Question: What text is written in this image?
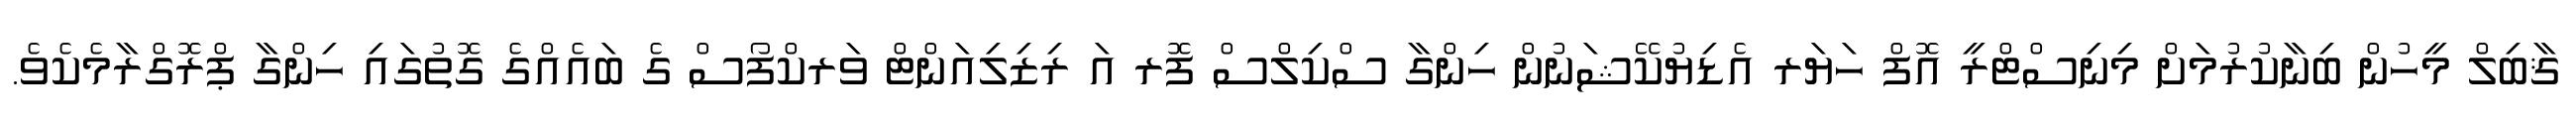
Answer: ޤާބިލް މީހުން ބިނާކުރުމަށް މިނިސްޓްރީ އޮފް ހަޔަރ އެޑިޔުކޭޝަނުން ހިންގާ ސްކިލްސް ފޮރ އަ ރިޒިލިއަންޓް ވަރކްފޯސް ގެ ބައެއްގެ ގޮތުގައި ހިންގާ ޕްރޮގްރާމެކެވެ.